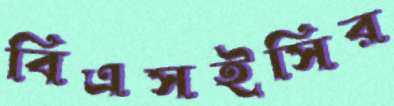
বিএসইসির